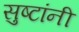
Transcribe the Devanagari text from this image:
सुष्टांनी